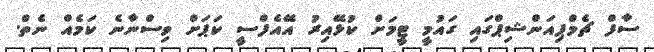
ސާފް ޗެމްޕިއަންޝިޕްގައި ގައުމީ ޓީމަށް ކުޅޭއިރު އޭއެފްސީ ކަޕަށް ވިސްނާނެ ކަމެއް ނެތް.